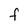
Character: f